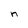
Character: n